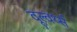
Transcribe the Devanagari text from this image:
वूल्वर्थ्स